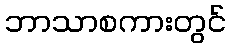
ဘာသာစကားတွင်